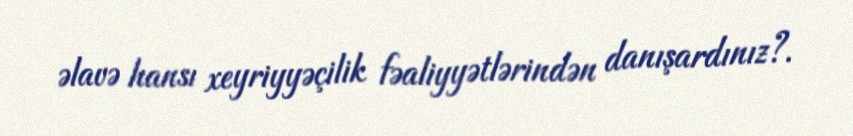
əlavə hansı xeyriyyəçilik fəaliyyətlərindən danışardınız?.